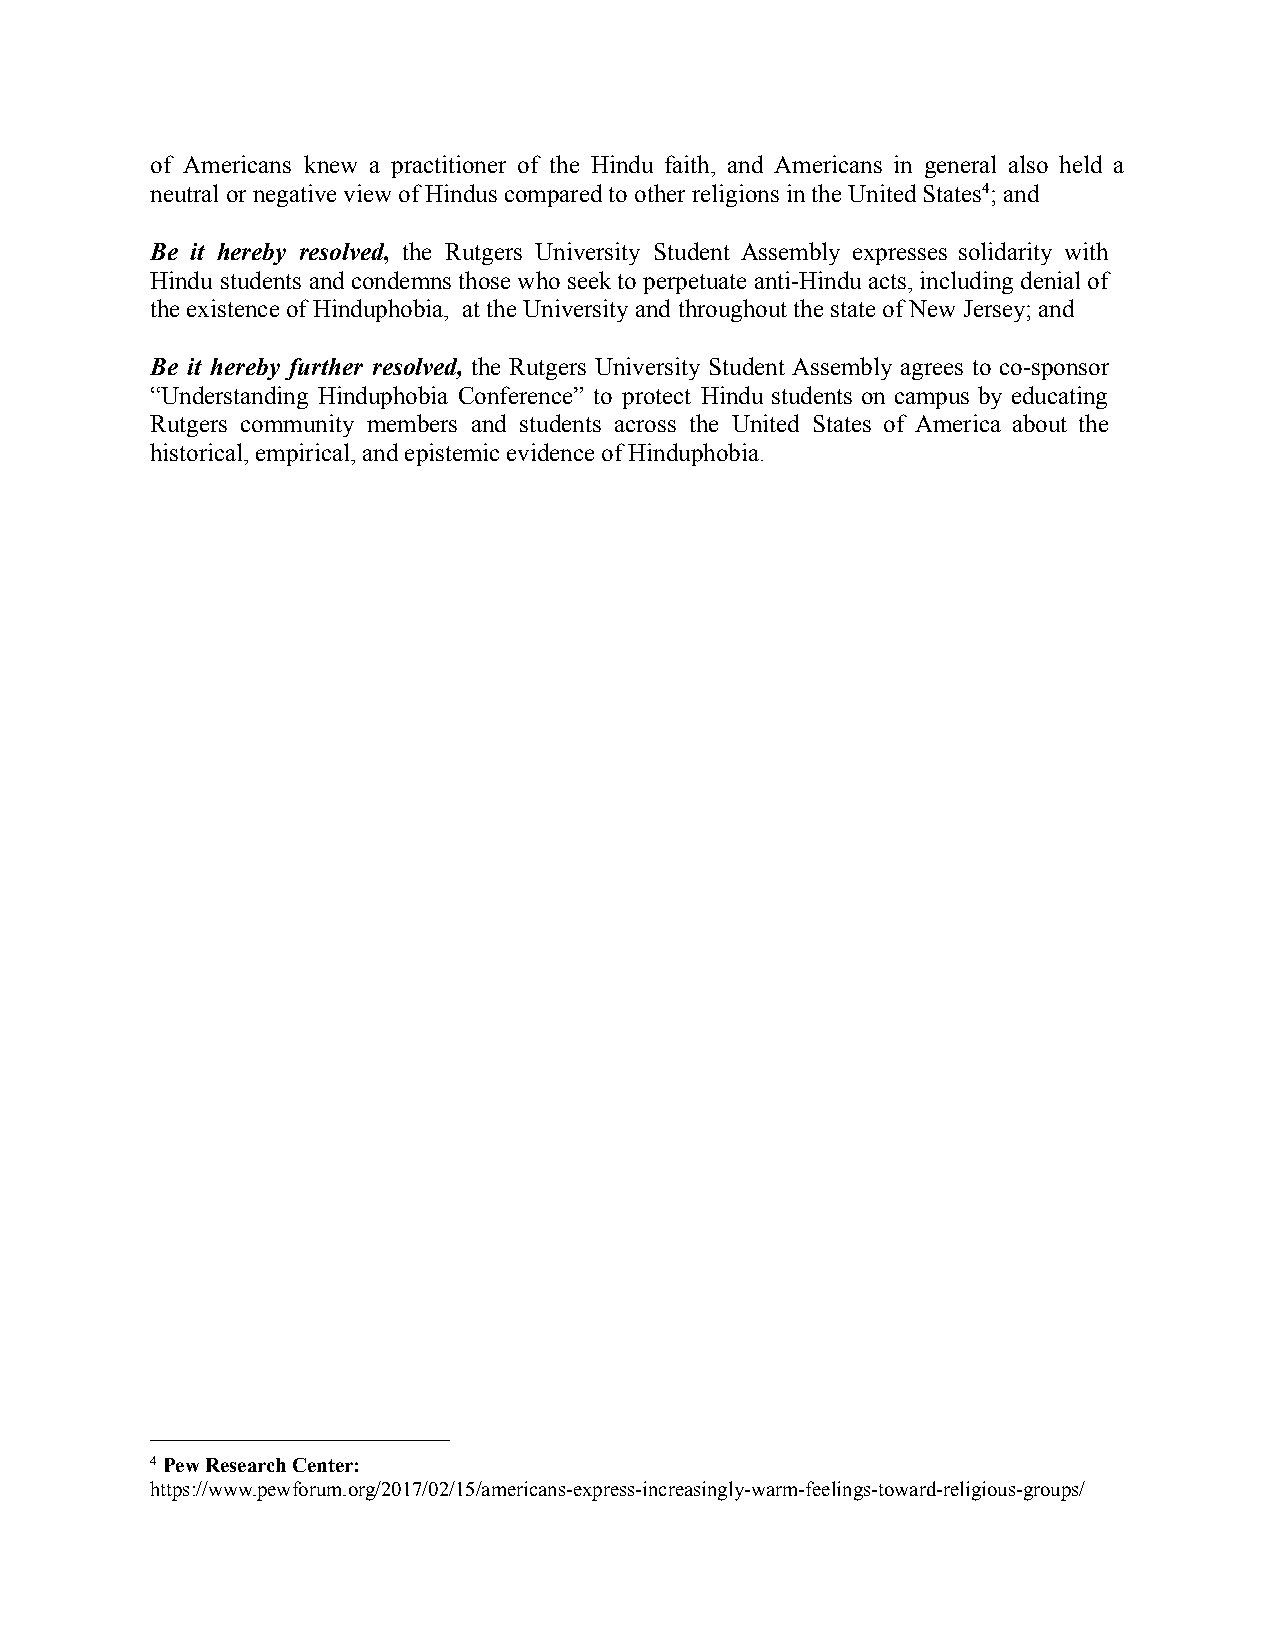
of Americans knew a practitioner of the Hindu faith, and Americans in general also held a
 neutral or negative view of Hindus compared to otherreligions in the United States4; and
 Be it hereby resolved, the Rutgers University Student Assembly expresses solidarity with
 Hindu students andcondemns thosewho seek toperpetuateanti-Hinduacts,includingdenialof
 the existence of Hinduphobia, at the University andthroughout the state of New Jersey; and
 Be it hereby further resolved, the Rutgers University Student Assembly agrees to co-sponsor
 “Understanding Hinduphobia Conference” to protect Hindu students on campus by educating
 Rutgers community members and students across the United States of America about the
 historical, empirical, and epistemic evidence of Hinduphobia.
 4Pew Research Center:
 https://www.pewforum.org/2017/02/15/americans-express-increasingly-warm-feelings-toward-religious-groups/